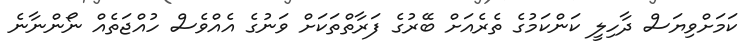
ކަމަށްވިޔަސް ދާހިލީ ކަންކަމުގެ ތެރެއަށް ބޭރުގެ ފަރާތްތަކަށް ވަނުގެ އެއްވެސް ހުއްޖަތެއް ނޯންނާނެ